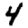
Digit: 4